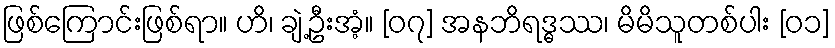
ဖြစ်ကြောင်းဖြစ်ရာ။ ဟိ၊ ချဲ့ဦးအံ့။ [၀၇] အနဘိရဒ္ဓဿ၊ မိမိသူတစ်ပါး [၀၁]